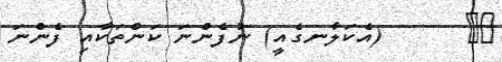
١٨      (އެކަލާނގެއީ) ނުފެންނަ ކަންތަކާއި ފެންނަ